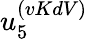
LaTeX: u_{5}^{(vKdV)}